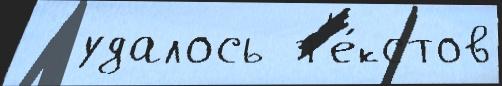
  удалось т'е́кстов